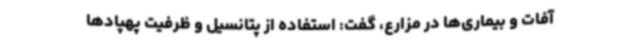
آفات و بیماری‌ها در مزارع، گفت: استفاده از پتانسیل و ظرفیت پهپادها